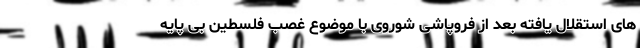
های استقلال یافته بعد از فروپاشی شوروی با موضوع غصب فلسطین بی پایه